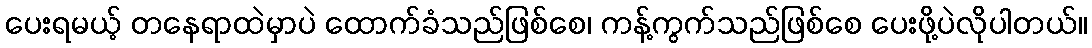
ပေးရမယ့် တနေရာထဲမှာပဲ ထောက်ခံသည်ဖြစ်စေ၊ ကန့်ကွက်သည်ဖြစ်စေ ပေးဖို့ပဲလိုပါတယ်။